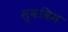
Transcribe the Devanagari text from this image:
स्वविम